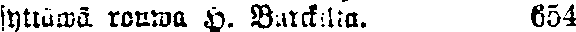
syttäwä rouwa H. Barckilta. 654